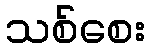
သစ်စေး